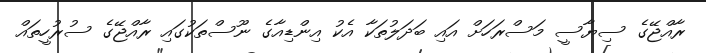
ރާއްޖޭގެ ސިޔާސީ މަސްރަހަށް އައި ބަދަލުތަކާ އެކު އިންޑިއާގެ ނޫސްތަކުގައި ރާއްޖޭގެ ސުރުހީތައް